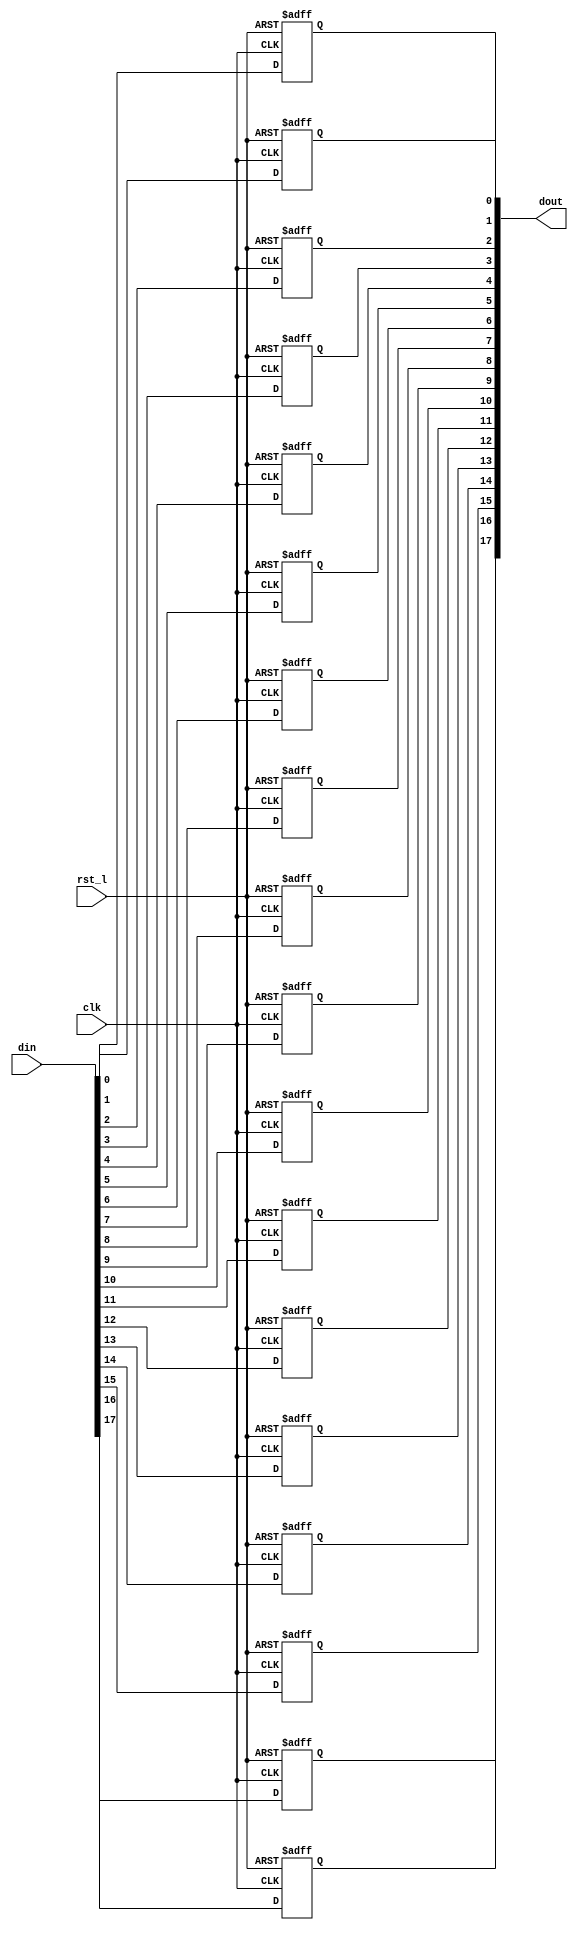
module rvdff_WIDTH18
(
  din,
  clk,
  rst_l,
  dout
);

  input [17:0] din;
  output [17:0] dout;
  input clk;
  input rst_l;
  wire N0;
  reg [17:0] dout;

  always @(posedge clk or posedge N0) begin
    if(N0) begin
      dout[17] <= 1'b0;
    end else if(1'b1) begin
      dout[17] <= din[17];
    end
  end


  always @(posedge clk or posedge N0) begin
    if(N0) begin
      dout[16] <= 1'b0;
    end else if(1'b1) begin
      dout[16] <= din[16];
    end
  end


  always @(posedge clk or posedge N0) begin
    if(N0) begin
      dout[15] <= 1'b0;
    end else if(1'b1) begin
      dout[15] <= din[15];
    end
  end


  always @(posedge clk or posedge N0) begin
    if(N0) begin
      dout[14] <= 1'b0;
    end else if(1'b1) begin
      dout[14] <= din[14];
    end
  end


  always @(posedge clk or posedge N0) begin
    if(N0) begin
      dout[13] <= 1'b0;
    end else if(1'b1) begin
      dout[13] <= din[13];
    end
  end


  always @(posedge clk or posedge N0) begin
    if(N0) begin
      dout[12] <= 1'b0;
    end else if(1'b1) begin
      dout[12] <= din[12];
    end
  end


  always @(posedge clk or posedge N0) begin
    if(N0) begin
      dout[11] <= 1'b0;
    end else if(1'b1) begin
      dout[11] <= din[11];
    end
  end


  always @(posedge clk or posedge N0) begin
    if(N0) begin
      dout[10] <= 1'b0;
    end else if(1'b1) begin
      dout[10] <= din[10];
    end
  end


  always @(posedge clk or posedge N0) begin
    if(N0) begin
      dout[9] <= 1'b0;
    end else if(1'b1) begin
      dout[9] <= din[9];
    end
  end


  always @(posedge clk or posedge N0) begin
    if(N0) begin
      dout[8] <= 1'b0;
    end else if(1'b1) begin
      dout[8] <= din[8];
    end
  end


  always @(posedge clk or posedge N0) begin
    if(N0) begin
      dout[7] <= 1'b0;
    end else if(1'b1) begin
      dout[7] <= din[7];
    end
  end


  always @(posedge clk or posedge N0) begin
    if(N0) begin
      dout[6] <= 1'b0;
    end else if(1'b1) begin
      dout[6] <= din[6];
    end
  end


  always @(posedge clk or posedge N0) begin
    if(N0) begin
      dout[5] <= 1'b0;
    end else if(1'b1) begin
      dout[5] <= din[5];
    end
  end


  always @(posedge clk or posedge N0) begin
    if(N0) begin
      dout[4] <= 1'b0;
    end else if(1'b1) begin
      dout[4] <= din[4];
    end
  end


  always @(posedge clk or posedge N0) begin
    if(N0) begin
      dout[3] <= 1'b0;
    end else if(1'b1) begin
      dout[3] <= din[3];
    end
  end


  always @(posedge clk or posedge N0) begin
    if(N0) begin
      dout[2] <= 1'b0;
    end else if(1'b1) begin
      dout[2] <= din[2];
    end
  end


  always @(posedge clk or posedge N0) begin
    if(N0) begin
      dout[1] <= 1'b0;
    end else if(1'b1) begin
      dout[1] <= din[1];
    end
  end


  always @(posedge clk or posedge N0) begin
    if(N0) begin
      dout[0] <= 1'b0;
    end else if(1'b1) begin
      dout[0] <= din[0];
    end
  end

  assign N0 = ~rst_l;

endmodule